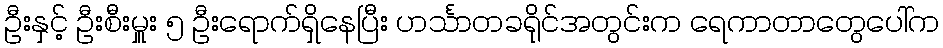
ဦးနှင့် ဦးစီးမှူး ၅ ဦးရောက်ရှိနေပြီး ဟင်္သာတခရိုင်အတွင်းက ရေကာတာတွေပေါ်က